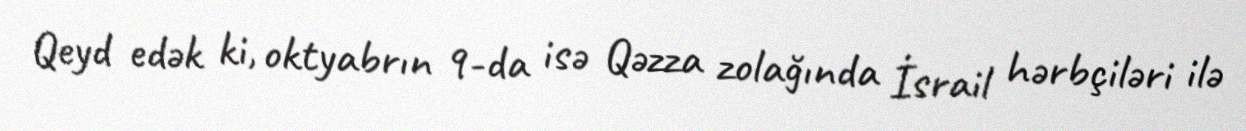
Qeyd edək ki, oktyabrın 9-da isə Qəzza zolağında İsrail hərbçiləri ilə